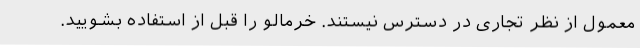
معمول از نظر تجاری در دسترس نیستند. خرمالو را قبل از استفاده بشویید.